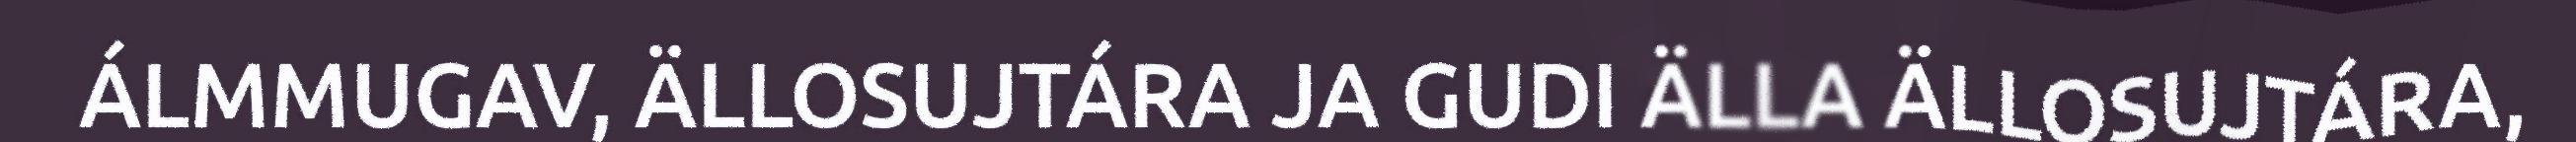
ÁLMMUGAV, ÄLLOSUJTÁRA JA GUDI ÄLLA ÄLLOSUJTÁRA,